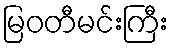
မြဝတီမင်းကြီး